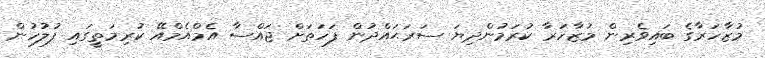
މުޒާހަރާގެ ބައިވެރިން މުޒާހަރާ ކުރަމުންދިޔަ ސަރަޙައްދުން ފަހަތަށް ޖައްސާ އެމްއެމްއޭ ކުރިމަތީގައި ފުލުހުން